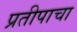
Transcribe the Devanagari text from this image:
प्रतीपाचा